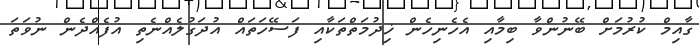
ގާއިމް ކުރުމަށް ބޭނުންވާ ބިމާއި އެހެނިހެން ޚިދުމަތްތަކާއި ފަސޭހަތައް އުދަގުލެއްނެތި އުފެއްދެން ނުވަތަ